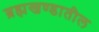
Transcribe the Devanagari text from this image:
ब्रह्मखण्डातील